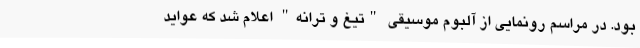
بود. در مراسم رونمایی از آلبوم موسیقی "تیغ و ترانه" اعلام شد که عواید